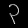
Digit: ၃